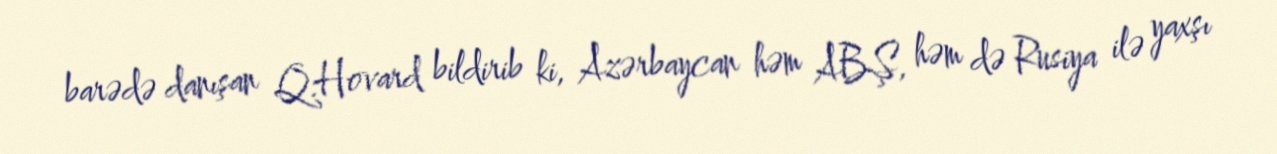
barədə danışan Q.Hovard bildirib ki, Azərbaycan həm ABŞ, həm də Rusiya ilə yaxşı